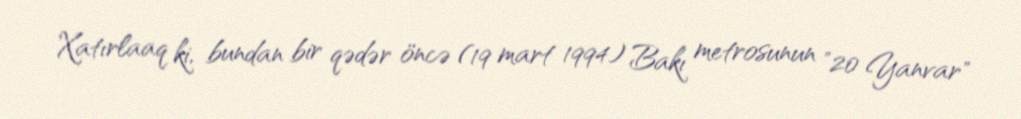
Xatırlaaq ki, bundan bir qədər öncə (19 mart 1994) Bakı metrosunun "20 Yanvar"